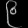
Digit: ၉